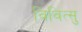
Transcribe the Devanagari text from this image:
विवित्सु